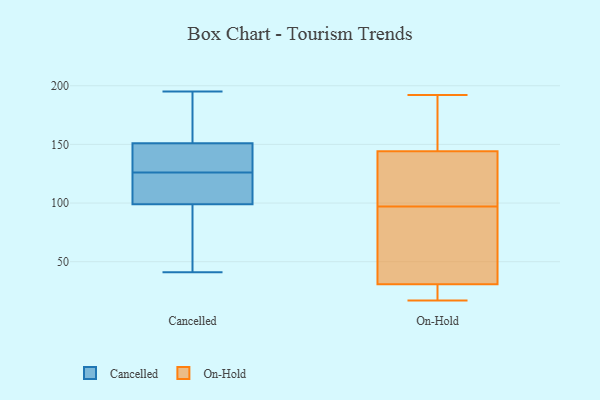
{"axis": {"x": "Revenue (USD Million)", "y": "Value"}, "legend": ["Cancelled", "On-Hold"], "data": [{"x": "", "y": 99, "type": "Cancelled"}, {"x": "", "y": 151, "type": "Cancelled"}, {"x": "", "y": 104, "type": "Cancelled"}, {"x": "", "y": 41, "type": "Cancelled"}, {"x": "", "y": 67, "type": "Cancelled"}, {"x": "", "y": 162, "type": "Cancelled"}, {"x": "", "y": 140, "type": "Cancelled"}, {"x": "", "y": 131, "type": "Cancelled"}, {"x": "", "y": 84, "type": "Cancelled"}, {"x": "", "y": 131, "type": "Cancelled"}, {"x": "", "y": 113, "type": "Cancelled"}, {"x": "", "y": 195, "type": "Cancelled"}, {"x": "", "y": 121, "type": "Cancelled"}, {"x": "", "y": 189, "type": "Cancelled"}, {"x": "", "y": 145, "type": "On-Hold"}, {"x": "", "y": 17, "type": "On-Hold"}, {"x": "", "y": 144, "type": "On-Hold"}, {"x": "", "y": 18, "type": "On-Hold"}, {"x": "", "y": 150, "type": "On-Hold"}, {"x": "", "y": 97, "type": "On-Hold"}, {"x": "", "y": 114, "type": "On-Hold"}, {"x": "", "y": 21, "type": "On-Hold"}, {"x": "", "y": 192, "type": "On-Hold"}, {"x": "", "y": 35, "type": "On-Hold"}, {"x": "", "y": 134, "type": "On-Hold"}, {"x": "", "y": 75, "type": "On-Hold"}, {"x": "", "y": 34, "type": "On-Hold"}]}